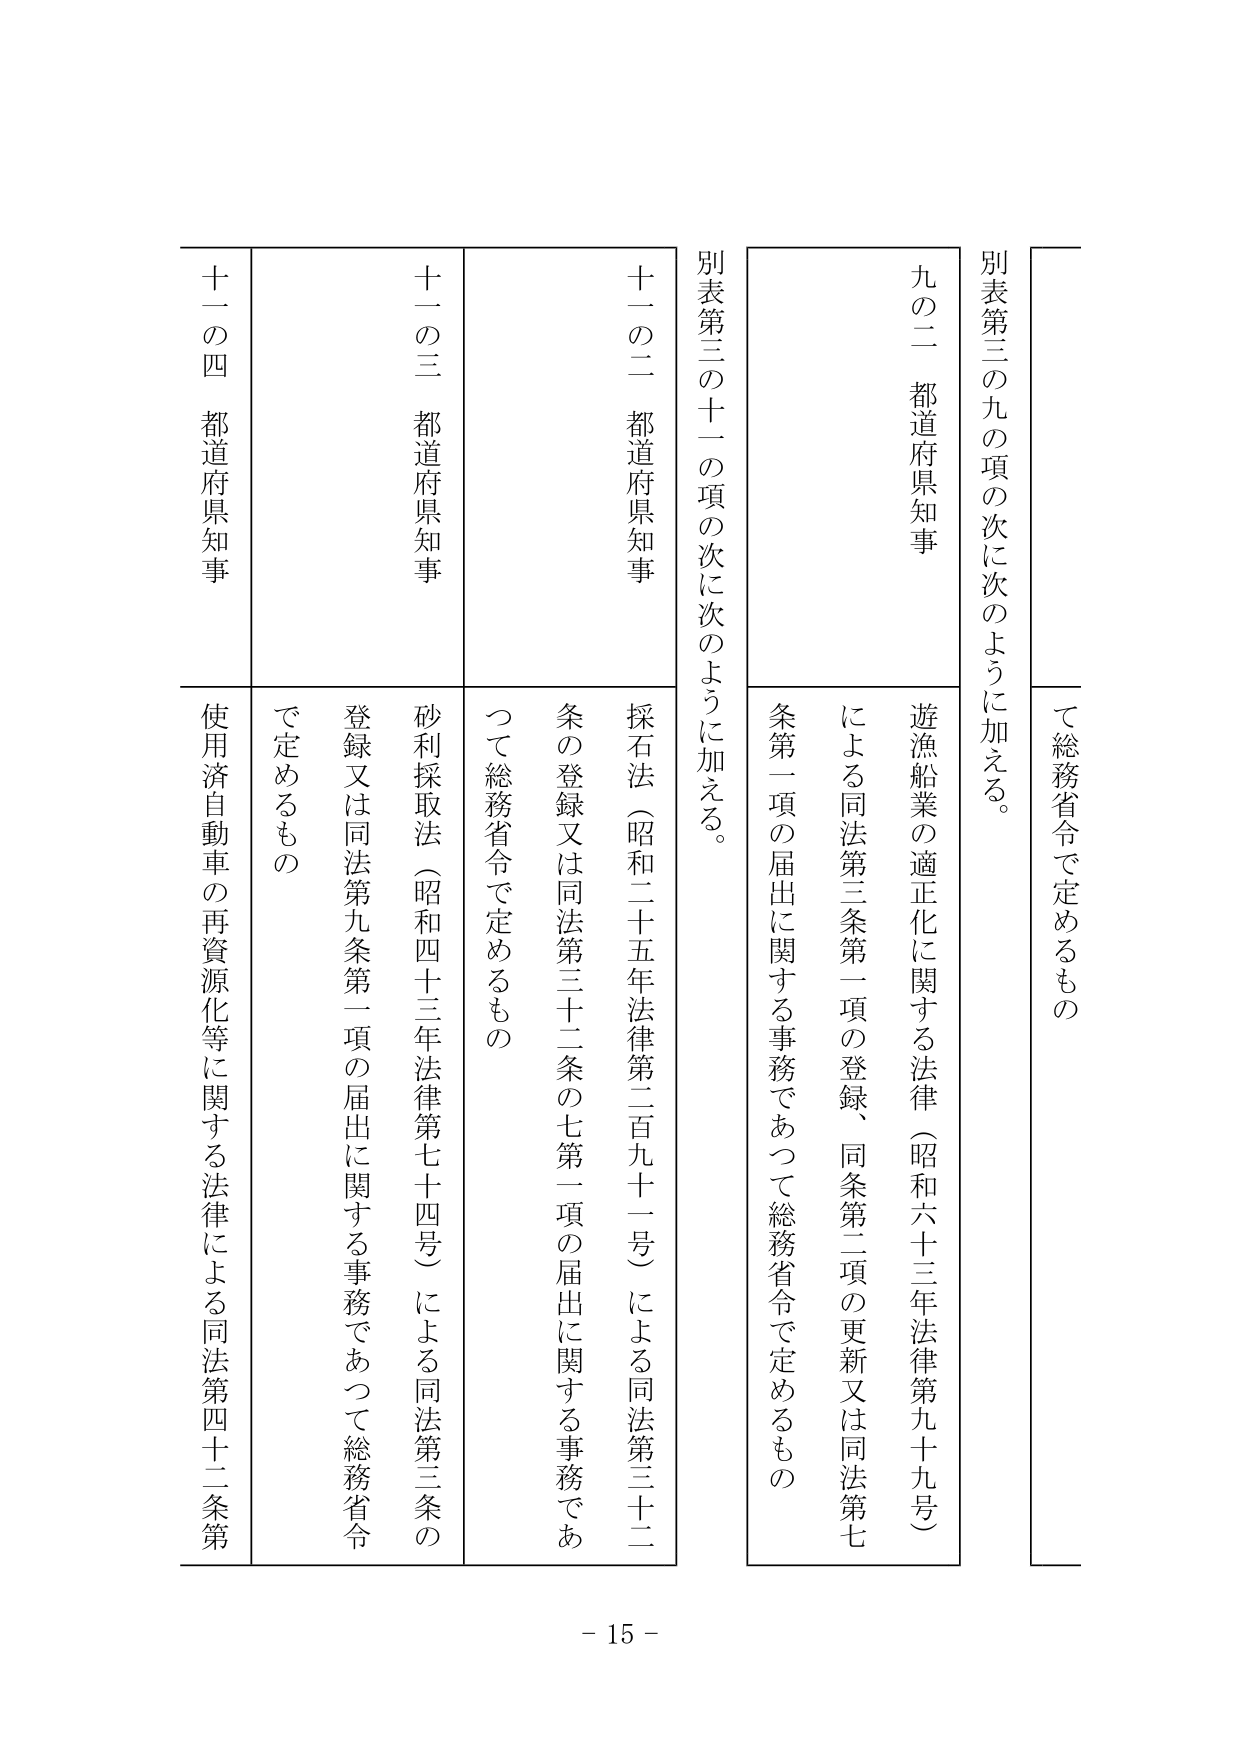
別表第三の九の項の次に次のように加える。

九の二 都道府県知事
遊漁船業の適正化に関する法律（昭和六十三年法律第九十九号）
による同法第三条第一項の登録、同条第二項の更新又は同法第七条第一項の届出に関する事務であつて総務省令で定めるもの

別表第三の十一の項の次に次のように加える。

十一の二 都道府県知事
採石法（昭和二十五年法律第二百九十一号）による同法第三十二条の登録又は同法第三十二条の七第一項の届出に関する事務であつて総務省令で定めるもの

十一の三 都道府県知事
砂利採取法（昭和四十三年法律第七十四号）による同法第三条の登録又は同法第九条第一項の届出に関する事務であつて総務省令で定めるもの

十一の四 都道府県知事
使用済自動車の再資源化等に関する法律による同法第四十二条第

て総務省令で定めるもの

- 15 -